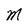
Character: M